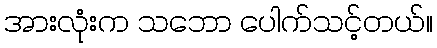
အားလုံးက သဘော ပေါက်သင့်တယ်။